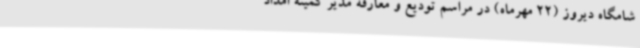
شامگاه دیروز (22 مهرماه) در مراسم تودیع و معارفه مدیر کمیته امداد